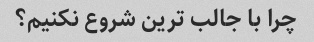
چرا با جالب ترین شروع نکنیم؟